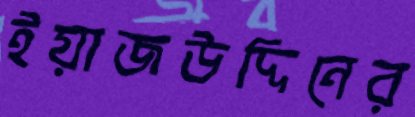
ইয়াজউদ্দিনের